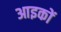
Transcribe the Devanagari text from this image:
आइकों